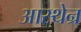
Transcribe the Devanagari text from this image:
आस्थेन्र